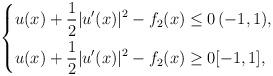
LaTeX: \begin{align*} \left\{ \begin{aligned} u(x) + \frac{1}{2}|u^\prime(x)|^2 -f_2(x)&\leq 0 \, (-1, 1), \\ u(x) + \frac{1}{2}|u^\prime (x)|^2 -f_2(x) &\geq 0 [-1, 1], \end{aligned}\right. \end{align*}